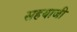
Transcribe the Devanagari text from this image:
सहयाजी